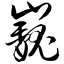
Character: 巍